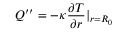
Q ^ { \prime \prime } = - \kappa \frac { \partial T } { \partial r } | _ { r = R _ { 0 } }